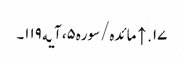
۱۷. ↑ مائده/سوره۵، آیه۱۱۹۔